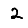
Digit: 2